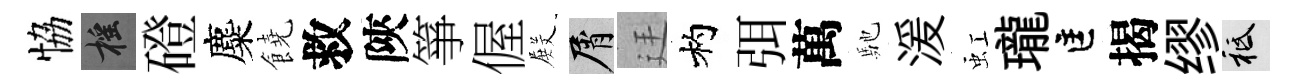
恊摇磴麋饒救陝箏偓𭮺屑廷杓弭萬馳湲虹瓏匡揭缪祇